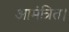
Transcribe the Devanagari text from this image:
आमंत्रित।